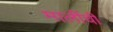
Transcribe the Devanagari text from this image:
मार्लीची